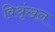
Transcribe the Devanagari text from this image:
विश्रृंखल